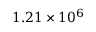
1 . 2 1 \times 1 0 ^ { 6 }